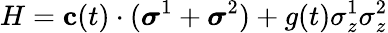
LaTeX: H=\mathbf{c}(t)\cdot(\boldsymbol{\sigma}^{1}+\boldsymbol{\sigma}^{2})+g(t)\sigma_{z}^{1}\sigma_{z}^{2}